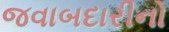
જવાબદારીનો